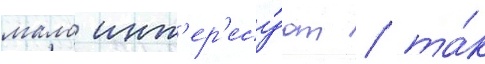
мало инт'ер'есу́ют / та́к